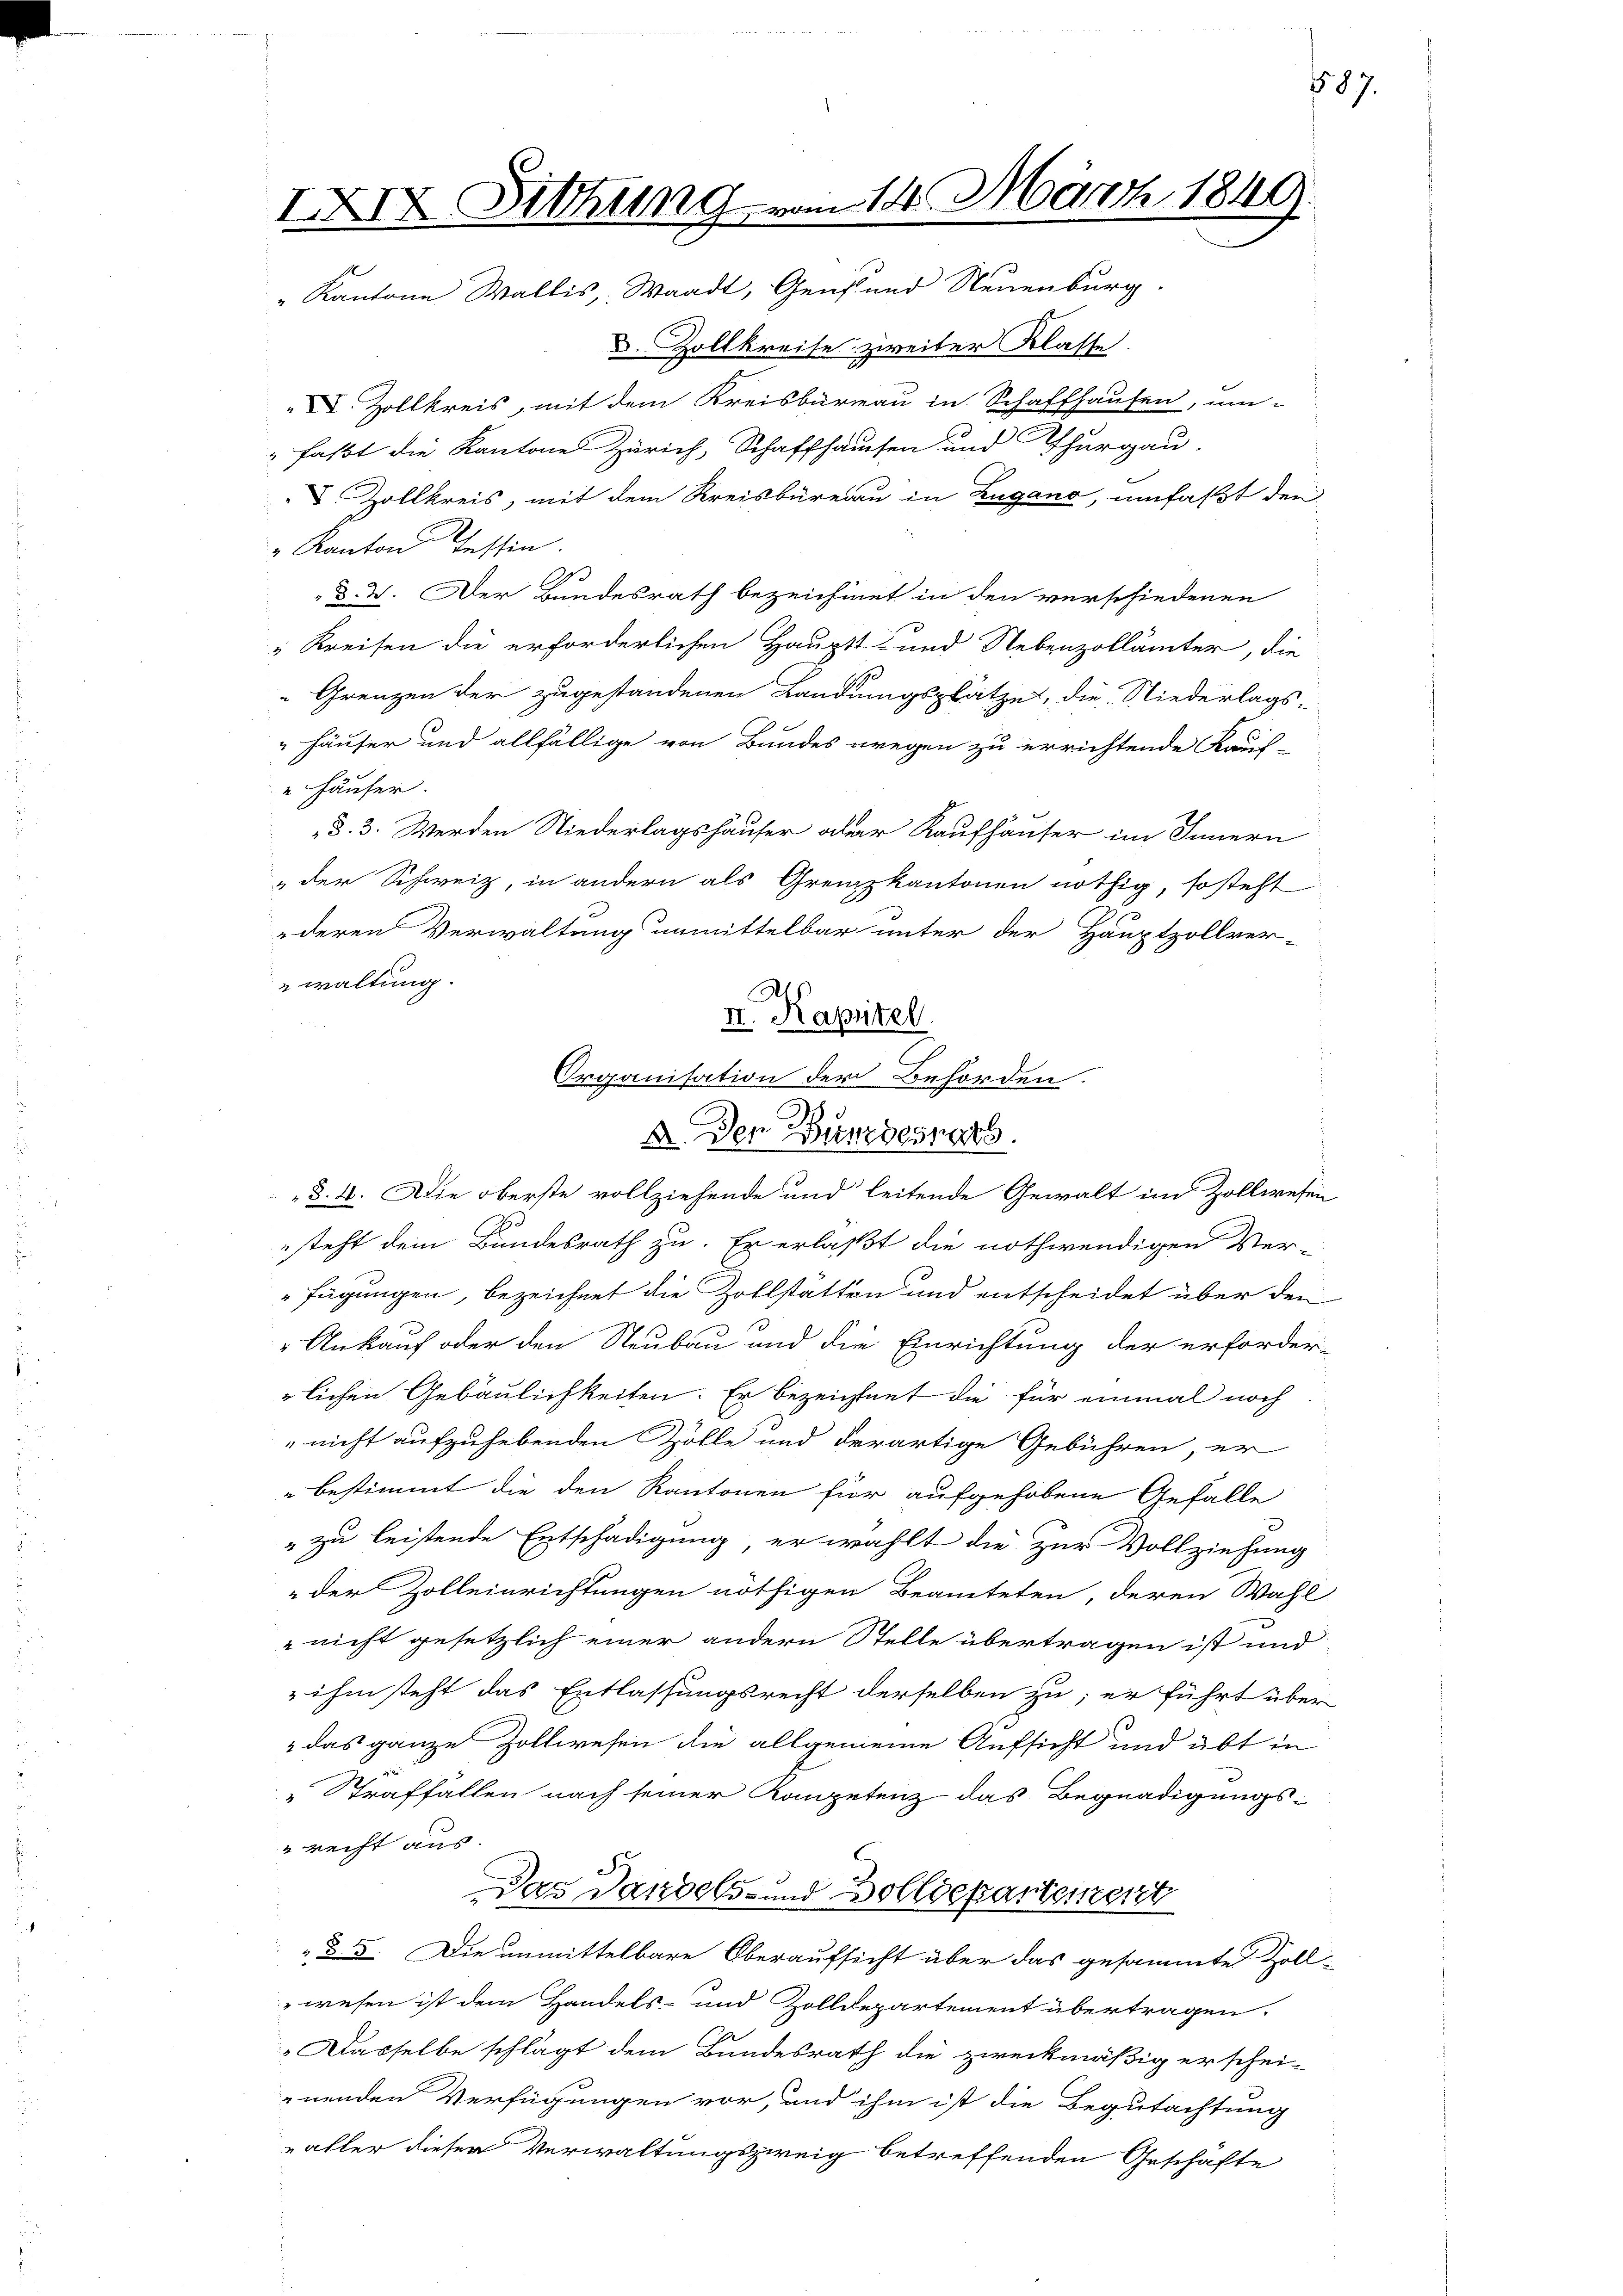
IXIX Sitzung vom 14. März 1840.
" Kantone Wallis, Waadt, Genf und Neuenburg

D. Zollkreise zweiter Klasse.
V. Zollkreis, mit dem Kreisbureau in Schaffhausen, um-
" faßt die Kantone Zürich, Schaffhausen und Thurgau.
. Zollkreis, mit dem Kreisbüreau in Zugano, umfaßt den
" Kanton Tessin.
§. 2. Der Bundesrath bezeichnet in den verschiedenen
"Kreisen die erforderlichen Hauptt- und Nebenzollämter, die
Grenzen der zugestandenen Landungsplätze, die Niederlags-
Häuser und allfällige von Bundes wegen zu errichtende Kauf-
 Häuser.
§. 3. Werden Niederlagshäuser aber Kaufhäuser im Innern
der Schweiz, in andern als Grenzkantonen nöthig, so steht
deren Verwaltung unmittelbar unter der Hauptzollver-
waltung.
§. 4. Die oberste vollziehende und leitende Gewalt im Zollwesen
steht dem Bundesrath zu. Er erlaßt die nothwendigen Ver-
"fügungen, bezeichnet die Zollstätten und entscheidet über den
i
Ankauf oder den Neubau und die Einrichtung der erforder-
lichen Gebäulichkeiten. Er bezeichnet die für einmal noch
"nicht aufzuhebenden Zölle und derartige Gebühren, er
bestimmt die den Kantonen für aufgehobene Gefälle
" zu leistende Entschädigung, er wählt die Zur Vollziehung
der Zolleinrichtungen nöthigen Beamteten, deren Wahl-
nicht gesetzlich einer andern Stelle übertragen ist und
 ihm steht das Entlassungsrecht derselben zu; er führt über
2 das ganze Zollwesen die allgemeine Aufsicht und übt in
" Straffällen nach seiner Kompetenz das Begnadigungs-
" recht aus.
S
Das Landels- und Bolldepartement
§ 5. Die unmittelbare Oberaufsicht über das gesammte Zoll-
wesen ist dem Handels- und Zolldepartement übertragen.
Dasselbe schlägt dem Bundesrath die zweckmäßig erschei-
enenden Verfügungen vor, und ihm ist die Begutachtung
aller dieser Verwaltungszweig betreffenden Geschäfte

II. Kapitel
Organisation der Behörden.
A. Der Bundesrats.

587.